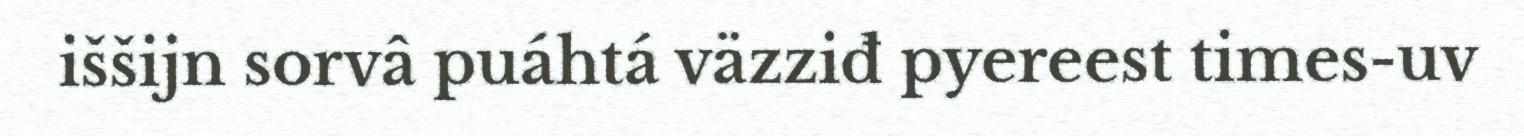
iššijn sorvâ puáhtá väzziđ pyereest times-uv